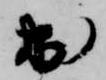
出